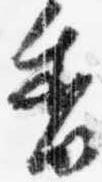
香